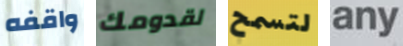
واقفه لقدومك لتسمح any